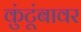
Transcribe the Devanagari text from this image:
कुंटूंबावर